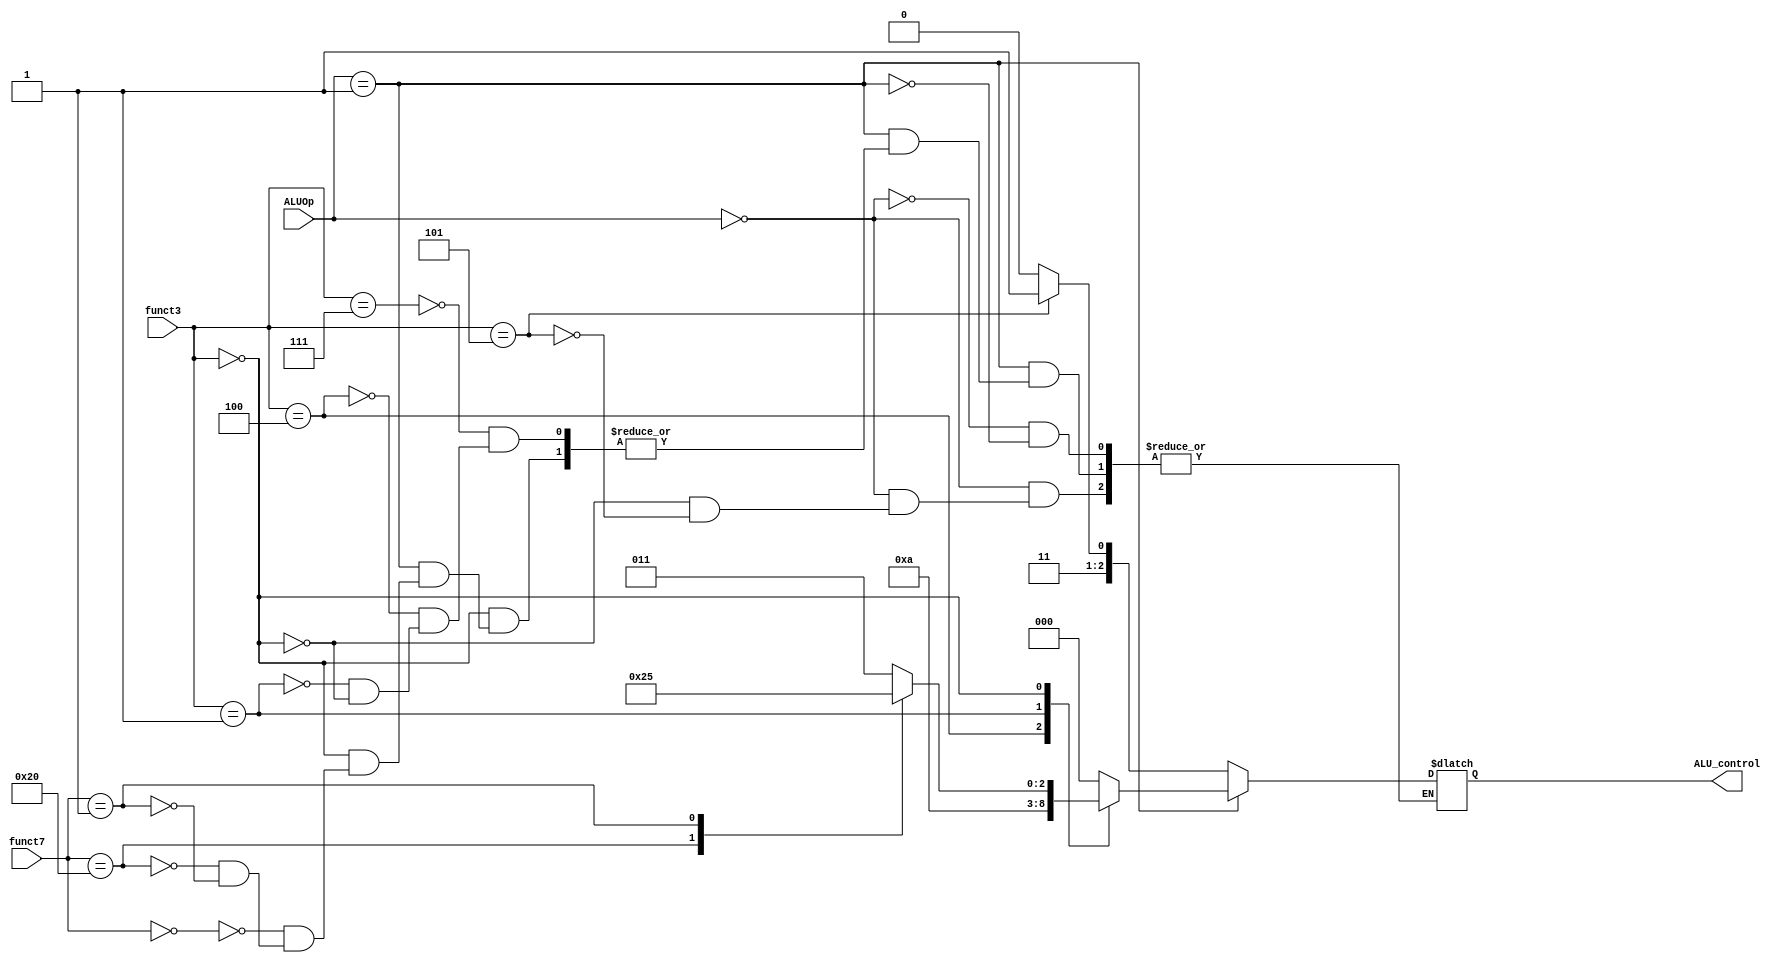
module ALU_Control(
    input [31:25] funct7,
    input [14:12] funct3,
    input [1:0] ALUOp,
    output reg [2:0] ALU_control
    );
    localparam ALU_and = 3'b000;
    localparam ALU_xor = 3'b001;
    localparam ALU_sll = 3'b010;
    localparam ALU_add = 3'b011;
    localparam ALU_sub = 3'b100;
    localparam ALU_mul = 3'b101;
    localparam ALU_addi = 3'b110;
    localparam ALU_srai = 3'b111;

    always @(*) begin
        case(ALUOp)
            2'b00: begin // I-type
            case(funct3)
                3'b000: ALU_control = ALU_addi;
                3'b101: ALU_control = ALU_srai;
            endcase

            end
            2'b01: begin // R-type
            case(funct3)
                3'b111: ALU_control = ALU_and;
                3'b100: ALU_control = ALU_xor;
                3'b001: ALU_control = ALU_sll;
                3'b000: begin
                    case(funct7)
                        7'b0000000: ALU_control = ALU_add;
                        7'b0100000: ALU_control = ALU_sub;
                        7'b0000001: ALU_control = ALU_mul;
                    endcase
                end  
            endcase
            end
        endcase
    end
    
endmodule